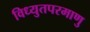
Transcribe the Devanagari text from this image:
विध्युतपरमाणु